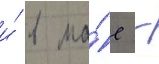
и́ в ма́е -